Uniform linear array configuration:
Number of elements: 48
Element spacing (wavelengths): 0.25
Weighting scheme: kaiser
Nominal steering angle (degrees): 60
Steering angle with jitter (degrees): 60.467
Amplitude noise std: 0.05
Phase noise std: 0.05

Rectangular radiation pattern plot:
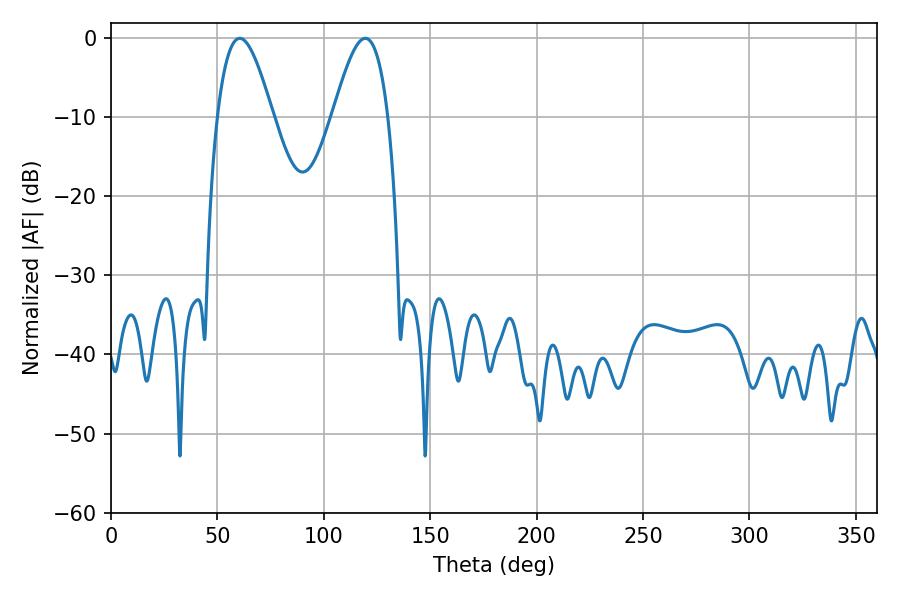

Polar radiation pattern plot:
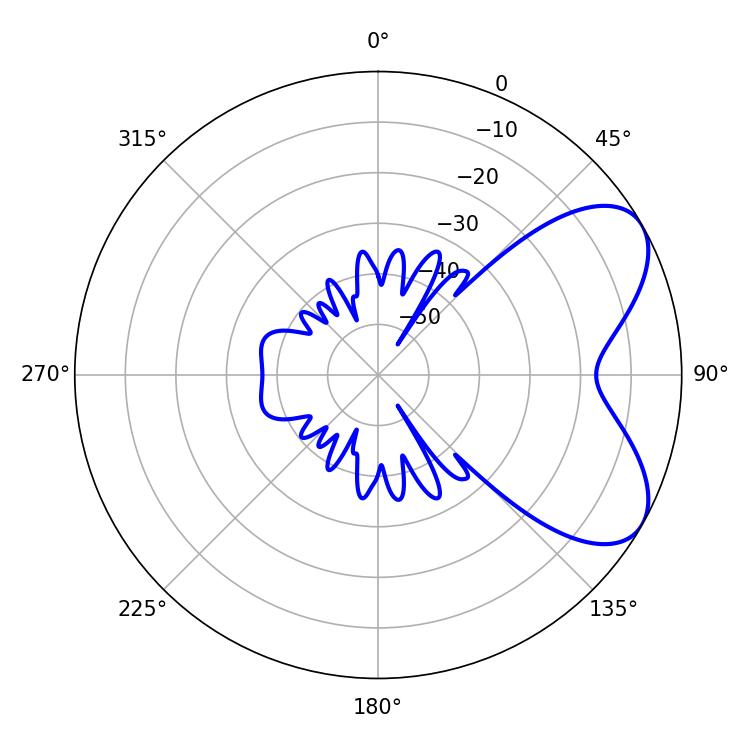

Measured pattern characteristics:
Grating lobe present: FALSE
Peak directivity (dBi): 6.222
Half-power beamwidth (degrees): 14.04
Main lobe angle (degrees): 60.48